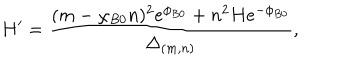
H ^ { \prime } = \frac { ( m - \chi _ { B 0 } n ) ^ { 2 } e ^ { \phi _ { B 0 } } + n ^ { 2 } H e ^ { - \phi _ { B 0 } } } { \Delta _ { ( m , n ) } } ,